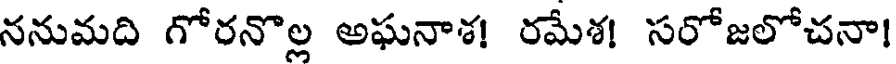
ననుమది గోరనొల్ల అఘనాశ! రమేశ! సరోజలోచనా!